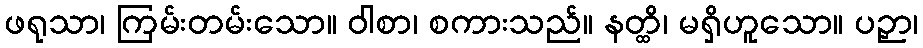
ဖရုသာ၊ ကြမ်းတမ်းသော။ ဝါစာ၊ စကားသည်။ နတ္ထိ၊ မရှိဟူသော။ ပဉှာ၊